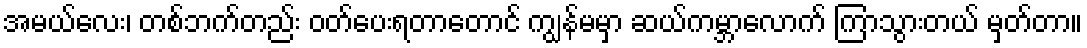
အမယ်လေး၊ တစ်ဘက်တည်း ဝတ်ပေးရတာတောင် ကျွန်မမှာ ဆယ်ကမ္ဘာလောက် ကြာသွားတယ် မှတ်တာ။